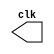
// ---------------------
// AC1 - 06/10/2010
//	Guia 09 - v 0.1
//
// Nome: Gustavo Guimares
// ---------------------

// ----------------------------
// -- Clock
// ----------------------------

//`include "clock.v"

module clock ( clk );
 output clk;
 reg    clk;

 initial
  begin
   clk = 1'b0;
  end

 always
  begin
   #12 clk = ~clk;
  end
  
endmodule

// ---------------------------
// -- Pulso Exercicio01
// ---------------------------
	
module exer01 ( signal, clock );

 input  clock;
 output signal;
 reg    signal;

 always @ ( clock )
  begin
       signal = 1'b0;
  #24  signal = 1'b1;
  #24  signal = 1'b0;
  end
  
endmodule // exer01

// ---------------------------
// -- Pulso Exercicio02
// ---------------------------

module exer02 ( signal, clock );

 input  clock;
 output signal;
 reg    signal;

 always @ ( clock )
  begin
      signal = 1'b0;
  #4  signal = 1'b1;
  #4  signal = 1'b0;
  end
  
endmodule // exer02

// ---------------------------
// -- Testar Clock
// ---------------------------

module testclock;

 wire  clock;
 clock clk ( clock );

 wire  p1, p2;

 exer01   EXER01   ( p1, clock );
 exer02   EXER02   ( p2, clock );

 initial begin
  $dumpfile ( "Clock.vcd" );
  $dumpvars ( 1, clock, p1, p2);

  #300 $finish;
 end

endmodule // testclock